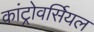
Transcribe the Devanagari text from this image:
कांट्रोवर्सियल